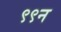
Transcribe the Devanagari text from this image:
९९न